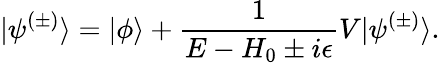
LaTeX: |\psi^{(\pm)}\rangle=|\phi\rangle+{\frac{1}{E-H_{0}\pm i\epsilon}}V|\psi^{(\pm)}\rangle.